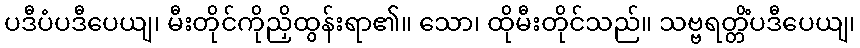
ပဒီပံပဒီပေယျ၊ မီးတိုင်ကိုညှိထွန်းရာ၏။ သော၊ ထိုမီးတိုင်သည်။ သဗ္ဗရတ္တိံပဒီပေယျ၊